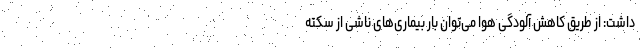
داشت: از طریق کاهش آلودگی هوا می‌توان بار بیماری‌های ناشی از سکته